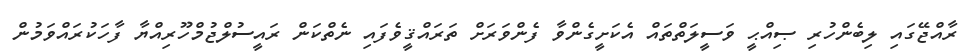
ރާއްޖޭގައި ލިބެންހުރި ޞިއްޙީ ވަސީލަތްތައް އެކަށީގެންވާ ފެންވަރަށް ތަރައްޤީވެފައި ނެތްކަން ރައީސުލްޖުމްހޫރިއްޔާ ފާހަކުރައްވަމުން